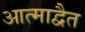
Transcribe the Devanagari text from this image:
आत्माद्वैत